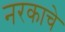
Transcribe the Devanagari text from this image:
नरकाचे